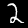
Digit: 2